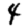
Digit: 4